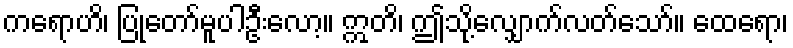
ကရောဟိ၊ ပြုတော်မူပါဦးလော့။ ဣတိ၊ ဤသို့လျှောက်လတ်သော်။ ထေရော၊